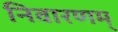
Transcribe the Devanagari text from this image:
निवारणम्